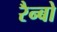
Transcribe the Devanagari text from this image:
रैन्बो